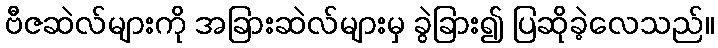
ဗီဇဆဲလ်များကို အခြားဆဲလ်များမှ ခွဲခြား၍ ပြဆိုခဲ့လေသည်။